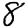
Digit: 8